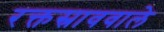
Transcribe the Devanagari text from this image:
रक्तस्राववाले